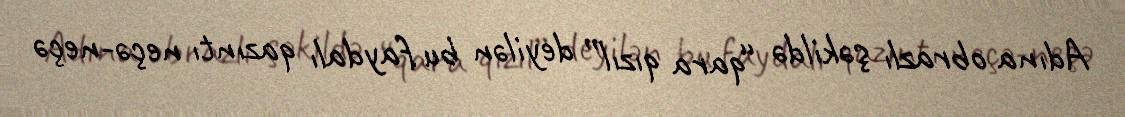
Adına obrazlı şəkildə “qara qızıl” deyilən bu faydalı qazıntı neçə-neçə